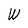
Character: W